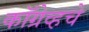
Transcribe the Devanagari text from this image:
कॉग्रेव्हचे